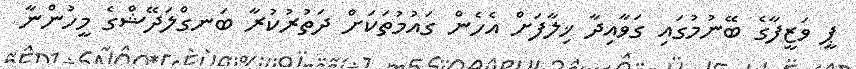
ޕީ ވަޒީފާގެ ބޭނުމުގައި ގަވާއިދާ ޚިލާފަށް އެހެން ގައުމުތަކަށް ދަތުރުކުރާ ބަނގްލަދޭޝްގެ މީހުންނާ